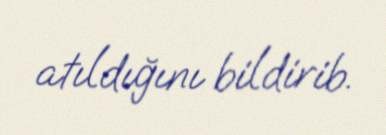
atıldığını bildirib.